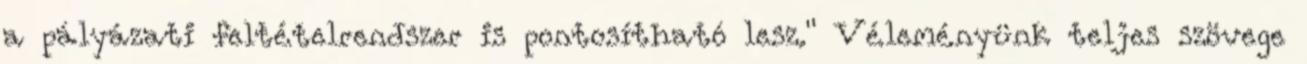
a pályázati feltételrendszer is pontosítható lesz." Véleményünk teljes szövege